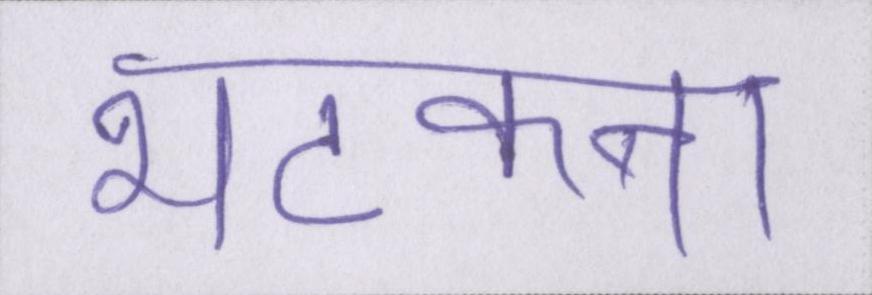
भटकना